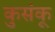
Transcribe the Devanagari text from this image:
कुसंकू